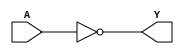
module INVX8(A, Y);
input A;
output Y;
not(Y, A);
endmodule